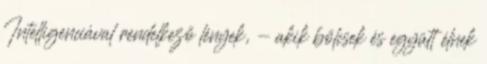
Intelligenciával rendelkező lények, - akik bölcsek és együtt élnek